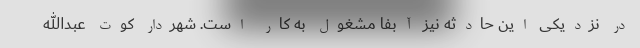
در نزدیکی این حادثه نیز آبفا مشغول به کار است. شهردار کوت عبدالله